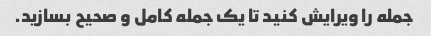
جمله را ویرایش کنید تا یک جمله کامل و صحیح بسازید.